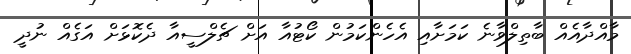
މާއްދާއެއް ބާތިލްވާނެ ކަމަށާއި އެހެންކަމުން ކޯޓުއާ އަށް ޗެލްސީއާ ދެކޮޅަށް އަގެއް ނުދީ